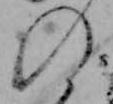
の